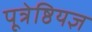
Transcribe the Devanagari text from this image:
पूत्रेष्ठियज्ञ